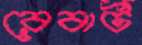
রেবার্ট